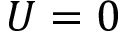
U = 0